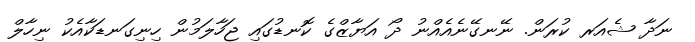
ނަދާ ޝެއަރ ކުރަން. ނޭނގޭނެއެއްނު ދޯ އަޔާޒްގެ ކޮނޑުގައި ޖަހާލަމުން ހިނިގަނޑަކާއެކު ނިހާލް